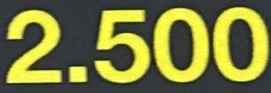
2.500